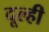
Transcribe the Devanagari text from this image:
दूल्ही